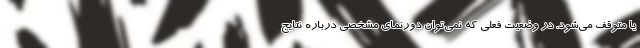
یا متوقف می‌شود. در وضعیت فعلی که نمی‌توان دورنمای مشخصی درباره نتایج